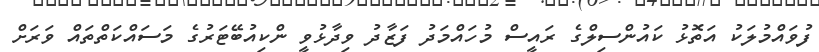
ފުވައްމުލަކު އަތޮޅު ކައުންސިލްގެ ރައީސް މުހައްމަދު ފަޒާދު ވިދާޅުވީ ންކިއުބޭޓަރުގެ މަސައްކަތްތައް ވަރަށް